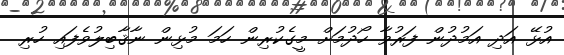
އުޅޭ އަދި އަމުދުން ފަރުވާ ހޯދުމަށް މީގެކުރިން ހަމަ މުޅިން ނާޤާބިލުވެފައި ހުރި